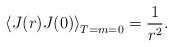
LaTeX: \begin{align*}\left\langle J(r)J(0)\right\rangle _{T=m=0}=\frac{1}{r^{2}}. \end{align*}